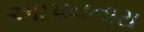
આપવનારા